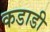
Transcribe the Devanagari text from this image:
कडाडी